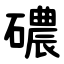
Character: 䃩